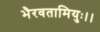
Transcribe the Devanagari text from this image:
भैरवतामियुः।।